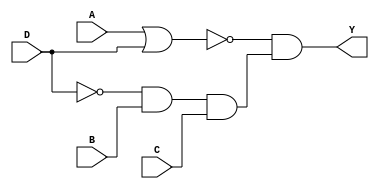

`timescale 1 ns / 1 ns

module comb_str(Y, A, B, C, D);
  output wire Y;
  input wire A, B, C, D;
  wire t1, t2, t3, t4;
  
  not U1(t1, D),
      U2(t2, t3);
  or  U3(t3, A, D);
  and U4(t4, t1, B, C),
      U5(Y, t2, t4);
endmodule